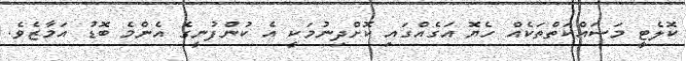
ކޮލެޓީ މަސައްކަތްތަކެއް ހެޔޮ އަގެއްގައި ކޮށްދިނުމަކީ އެ ކުންފުނީގެ އެންމެ ބޮޑު އަމާޒެވެ.